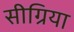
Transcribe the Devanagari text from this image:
सीग्रिया